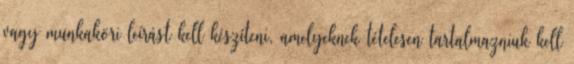
vagy munkaköri leírást kell készíteni, amelyeknek tételesen tartalmazniuk kell